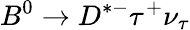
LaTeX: B^{0}\to D^{*-}\tau^{+}\nu_{\tau}